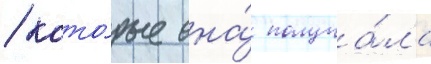
/ кото́рые она́ получа́ла